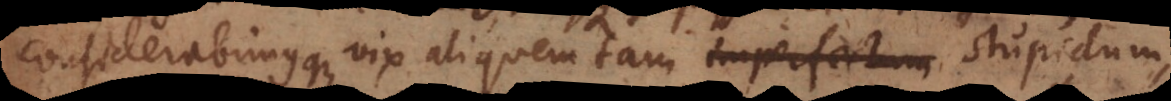
considerabimusque vix aliquem tam imperfectum stupidum,